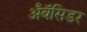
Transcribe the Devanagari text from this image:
अँबॅसिडर